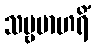
သဗ္ဗမာဟရိံ